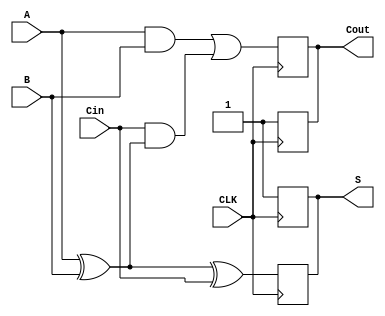
module dynamic_full_adder (
    input wire A,      // First input bit
    input wire B,      // Second input bit
    input wire Cin,    // Carry-in bit
    input wire CLK,    // Clock signal
    output reg S,      // Sum output
    output reg Cout    // Carry-out output
);

    // Internal signals for the dynamic logic
    reg precharge; // Signal to indicate precharge phase
    reg A_xor_B;   // Intermediate signal for A XOR B

    // Precharge phase
    always @(posedge CLK) begin
        // During the precharge phase, set outputs to high
        S <= 1'b1;
        Cout <= 1'b1;
        precharge <= 1'b1; // Indicate precharge is active
    end

    // Evaluate phase
    always @(negedge CLK) begin
        // Evaluate the outputs based on the inputs
        A_xor_B = A ^ B; // Compute A XOR B
        S <= A_xor_B ^ Cin; // Compute Sum (S = A XOR B XOR Cin)
        
        // Compute Carry-out (Cout = (A AND B) OR (Cin AND (A XOR B)))
        Cout <= (A & B) | (Cin & A_xor_B);
        
        // End of evaluate phase
        precharge <= 1'b0; // Indicate precharge is not active
    end

endmodule